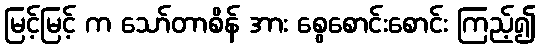
မြင့်မြင့် က သော်တာစိန် အား စွေစောင်းစောင်း ကြည့်၍